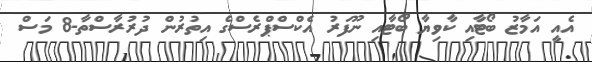
އެއީ އަމާޒު ބޯޓާއި ކާވިޔާ ބޯޓާއި ނޫފަރު އެކްސްޕްރެސްގެ އިތުރުން ދުރުރާސްތާ-8 މަސް